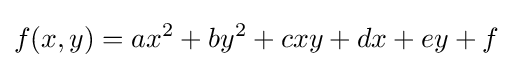
f(x,y)=ax^{2}+by^{2}+cxy+dx+ey+f\,\!